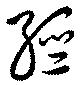
経